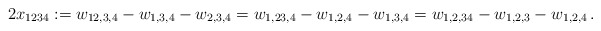
\begin{align*} 2x_{1234}:=w_{12,3,4}-w_{1,3,4}-w_{2,3,4}=w_{1,23,4}-w_{1,2,4}-w_{1,3,4}=w_{1,2,34}-w_{1,2,3}-w_{1,2,4}\,.\end{align*}